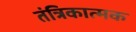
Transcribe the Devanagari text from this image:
तंत्रिकात्मक